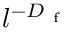
l ^ { - D _ { \mathrm { ~ f ~ } } }